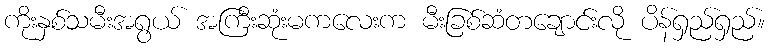
ကိုးနှစ်သမီးအရွယ် အကြီးဆုံးမကလေးက မီးခြစ်ဆံတချောင်းလို ပိန်ရှည်ရှည်။